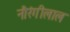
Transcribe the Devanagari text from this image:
नौरंगीलाल